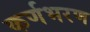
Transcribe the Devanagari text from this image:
कर्णभरण